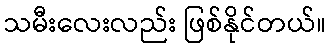
သမီးလေးလည်း ဖြစ်နိုင်တယ်။